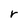
Character: r